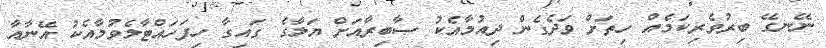
ނޭނގޭ ބިރުވެރިކަމެއް ހިތަށް ވަދެގެން ދިއުމާއެކު ޞާބިރާއަށް ޔަލާގެ ގައިގާ ހިފަހައްޓާލެވުމާއެކު އޭނާއާ